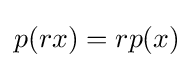
{\textstyle p(rx)=rp(x)}